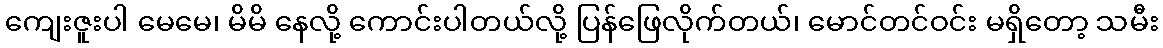
ကျေးဇူးပါ မေမေ၊ မိမိ နေလို့ ကောင်းပါတယ်လို့ ပြန်ဖြေလိုက်တယ်၊ မောင်တင်ဝင်း မရှိတော့ သမီး